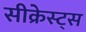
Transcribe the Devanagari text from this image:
सीक्रेस्ट्स